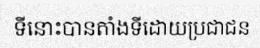
ទីនោះបានតាំងទីដោយប្រជាជន